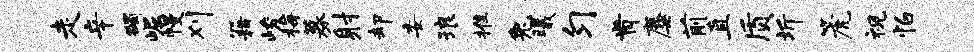
走辛蠲崛幔刈籍峻梅募射却委琅推兔曦匀肯麋前直质圻篪视怕